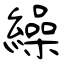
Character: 繰